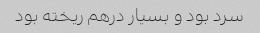
سرد بود و بسیار درهم ریخته بود